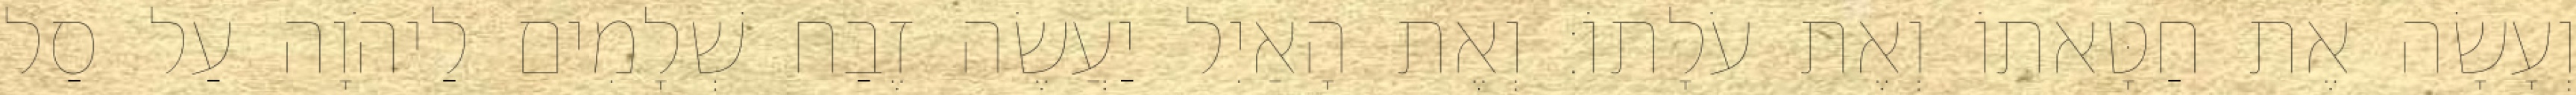
וְעָשָׂה אֶת חַטָּאתוֹ וְאֶת עֹלָתוֹ׃ וְאֶת הָאַיִל יַעֲשֶׂה זֶבַח שְׁלָמִים לַיהֹוָה עַל סַל